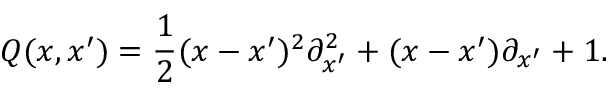
Q ( x , x ^ { \prime } ) = \frac { 1 } { 2 } ( x - x ^ { \prime } ) ^ { 2 } { \partial } _ { x ^ { \prime } } ^ { 2 } + ( x - x ^ { \prime } ) { \partial } _ { x ^ { \prime } } + 1 .